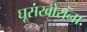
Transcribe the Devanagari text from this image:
घूसखोरांना